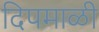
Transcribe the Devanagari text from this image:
दिपमाळी